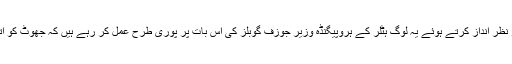
لیکن عوام کی آواز اور احتجاج کو نظر انداز کرتے ہوئے یہ لوگ ہٹلر کے ہروپیگنڈہ وزیر جوزف گوبلز کی اس بات پر پوری طرح عمل کر رہے ہیں کہ جھوٹ کو اتنی بار بولو کہ وہ سچ لگنے لگے۔